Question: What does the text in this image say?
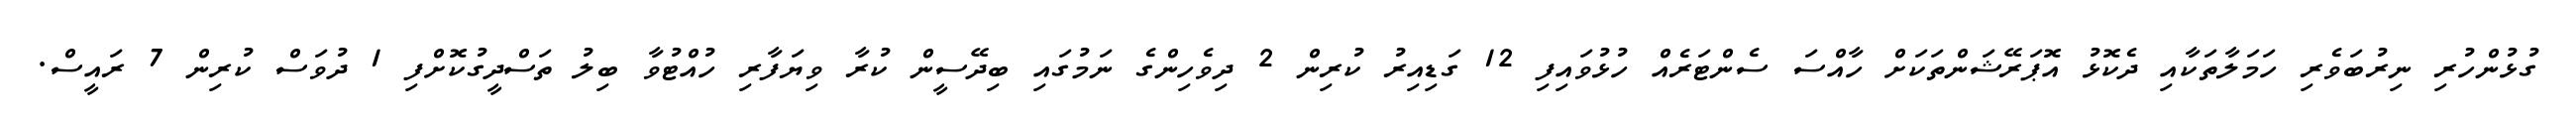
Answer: ގުޅުންހުރި ނިރުބަވެރި ހަމަލާތަކާއި ދެކޮޅު އޮޕަރޭޝަންތަކަށް ހާއްސަ ސެންޓަރެއް ހުޅުވައިފި 12 ގަޑިއިރު ކުރިން 2 ދިވެހިންގެ ނަމުގައި ބިދޭސީން ކުރާ ވިޔަފާރި ހުއްޓުވާ ބިލު ތަސްދީގުކޮށްފި 1 ދުވަސް ކުރިން 7 ރައީސް.